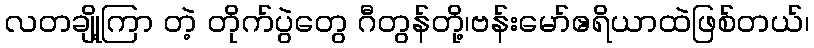
လတချို့ကြာ တဲ့ တိုက်ပွဲတွေ ဂီတွန်တို့၊ဗန်းမော်ဧရိယာထဲဖြစ်တယ်၊